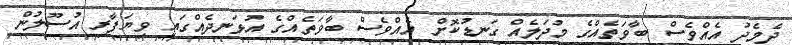
ދެމެދު އެއްވެސް ބާވަތެއްގެ މުދަލެއް ގަނޑުކޮށް އެއްވެސް ބާވަތެއްގެ އުޅަނދެއްގައި ވިޔަފާރި އުސޫލުން